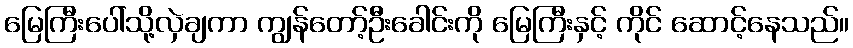
မြေကြီးပေါ်သို့လှဲချကာ ကျွန်တော့်ဦးခေါင်းကို မြေကြီးနှင့် ကိုင် ဆောင့်နေသည်။